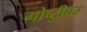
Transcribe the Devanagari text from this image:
गोष्टीुवर